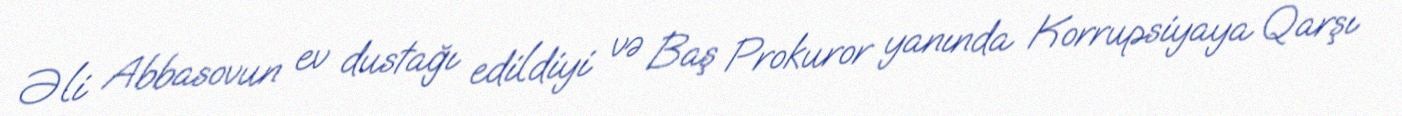
Əli Abbasovun ev dustağı edildiyi və Baş Prokuror yanında Korrupsiyaya Qarşı